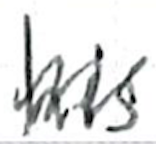
Text: his
Cross-out: zig-zag
Writing tool: ballpoint